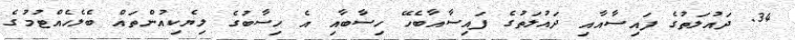
34. ދައުލަތުގެ ފައިސާއާއި ދައުލަތުގެ ފައިސާއާބެހޭ ހިސާބާއި އެ ހިސާބުގެ ލިޔެކިއުންތައް ބެލެހެއްޓުމުގެ